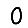
Digit: 0